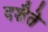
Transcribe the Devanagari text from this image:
दशैते